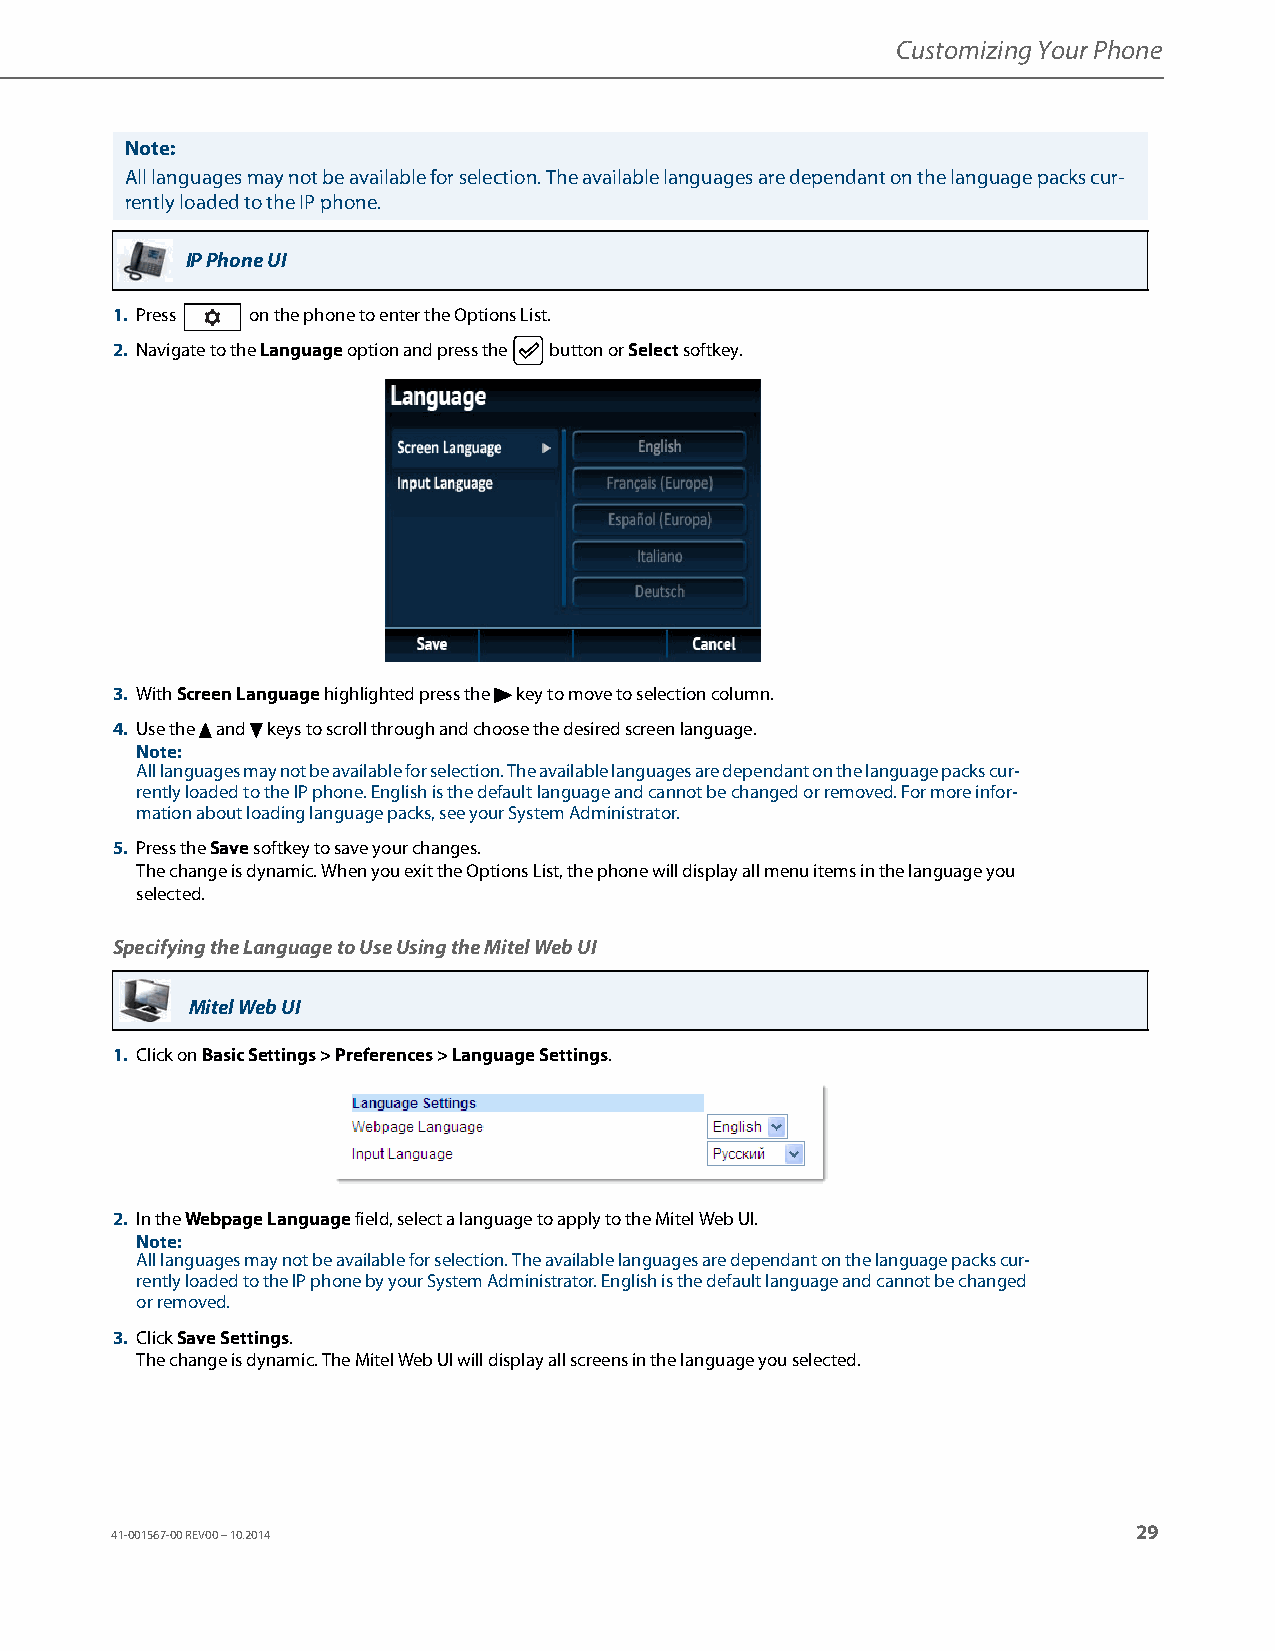
Customizing Your Phone
 Note:
 All languages may not be available for selection. The available languages are dependant on the language packs cur-
 rently loaded to the IP phone.
 IP Phone UI
 1. Press on the phone to enter the Options List.
 2. Navigate to the Language option and press the button or Select softkey.
 3. With Screen Language highlighted press the 4 key to move to selection column.
 4. Use the 5 and 2 keys to scroll through and choose the desired screen language.
 Note:
 All languages may not be available for selection. The available languages are dependant on the language packs cur-
 rently loaded to the IP phone. English is the default language and cannot be changed or removed. For more infor-
 mation about loading language packs, see your System Administrator.
 5. Press the Save softkey to save your changes.
 The change is dynamic. When you exit the Options List, the phone will display all menu items in the language you
 selected.
 Specifying the Language to Use Using the Mitel Web UI
 Mitel Web UI
 1. Click on Basic Settings > Preferences > Language Settings.
 2. In the Webpage Language field, select a language to apply to the Mitel Web UI.
 Note:
 All languages may not be available for selection. The available languages are dependant on the language packs cur-
 rently loaded to the IP phone by your System Administrator. English is the default language and cannot be changed
 or removed.
 3. Click Save Settings.
 The change is dynamic. The Mitel Web UI will display all screens in the language you selected.
 29
 41-001567-00 REV00 – 10.2014